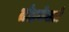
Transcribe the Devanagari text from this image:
तोड़नेवाले